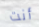
أنت